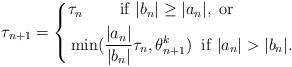
LaTeX: \begin{align*}\tau_{n+1} = \left\{ \begin{aligned}& \tau_n \; \; \; \; \; \; \; \; \mathrm{if} \; |b_n| \ge |a_n|, \; \mathrm{or} \\& \min(\frac{|a_n|}{|b_n|} \tau_n, \theta_{n+1}^k) \; \; \mathrm{if} \; |a_n| > |b_n|.\end{aligned}\right.\end{align*}